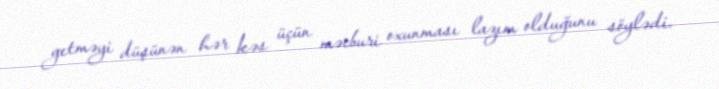
getməyi düşünən hər kəs üçün məcburi oxunması lazım olduğunu söylədi.